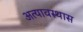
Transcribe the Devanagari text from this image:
अत्यावस्थास